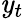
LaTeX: \mathit{y}_{t}